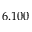
6 . 1 0 0